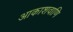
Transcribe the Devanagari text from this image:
आकाशवाणि